King Institute of Preventive Medicine Bacteriolog. Section reports 1907-08
Year: 1907
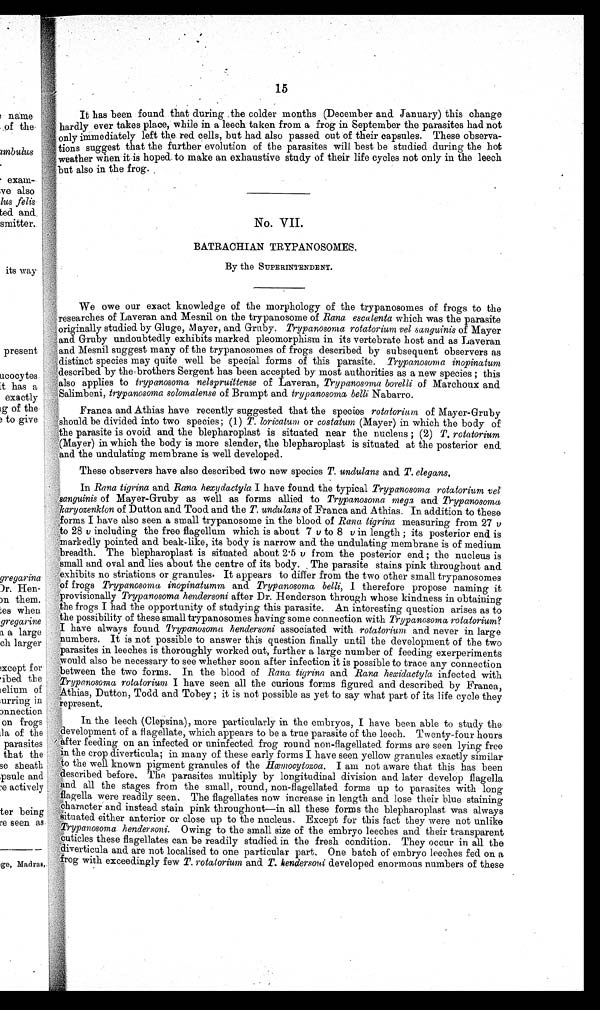
15
It has been found that during .the colder months (December and January) this change
hardly ever takes place, while in a leech taken from a frog in September the parasites had not
only immediately left the red cells, but had also passed out of their capsules. These observa-
tions suggest that the further evolution of the parasites will best be studied during the hot
weather when it is hoped to make an exhaustive study of their life cycles not only in the leech
but also in the frog.
No.
BATRACHIAN TRYPANOSOMES.
By the SUPERINTENDENT.
We owe our exact knowledge of the morphology of the trypanosomes of frogs to the
researches of Laveran and Mesnil on the trypanosome of Rana escalenta which was the parasite
originally studied by Gluge, Mayer, and Gruby. Trypanosoma rotatorium vel sanguinis of Mayer
and Gruby undoubtedly exhibits marked pleomorphism in its vertebrate host and as Laveran
and Mesnil suggest many of the trypanosomes of frogs described by subsequent observers as
distinct species may quite well be special forms of this parasite. Trypanosoma
inopinatum described by the brothers Sergent has been accepted by most authorities as a new species ; this
also applies to trypanosoma nelspruittense of Laveran, Trypanosoma borelli of Marchoux
and Salimbeni, trypanosoma solomalense of Brumpt and trypanosoma belli Nabarro.
Franca and Athias have recently suggested that the species rotatorium of Mayer-Gruby
should be divided into two species; (1) T. loricatum or costatum (Mayer) in which the body of
the parasite is ovoid and the blepharoplast is situated near the nucleus ; (2) T. rotatorium
(Mayer) in which the body is more slender, the blepharoplast is situated at the posterior end
and the undulating membrane is well developed.
These observers have also described two new species T. undulans and T. elegans.
In Rana tigrina and Rana hexy dactyla I have found the typical Trypanosoma rotatorium vel
sanguinis of Mayer-Gruby as well as forms allied to Trypanosoma mega and Trypanosoma
karyozenkton of Dutton and Tood and the T. undulans of Franca and Athias. In addition to these
forms I have also seen a small trypanosome in the blood of Rana tigrina measuring from 27
ν to 28 ν including the free flagellum which is about 7 v to 8 v in length ; its posterior end is
markedly pointed and beak-like, its body is narrow and the undulating membrane is of medium
breadth. The blepharoplast is situated about 2.5 v from the posterior end ; the nucleus is
small and oval and lies about the centre of its body. The parasite stains pink throughout and
exhibits no striations or granules. It appears to differ from the two other small trypanosomes
of frogs Trypanosoma inopinatumm and Trypanosoma belliI therefore propose naming it
provisionally Trypanosoma hendersoni after Dr. Henderson through whose kindness in obtaining
the frogs I had the opportunity of studying this parasite. An interesting question arises as to
the possibility of these small trypanosomes having some connection with Trypanosoma rotatorium?
I have always found Trypanosoma hendersoni associated with rotatorium and never in large
'numbers. It is not possible to answer this question finally until the development of the two
parasites in leeches is thoroughly worked out, further a large number of feeding exerperiments
would also be necessary to see whether soon after infection it is possible to trace any connection
between the two forms. In the blood of Rana tigrina and Rana hexidactyla infected with
Trypanosoma rotatorium I have seen all the curious forms figured and described by Franca,
Athias, Dutton, Todd and Tobey ; it is not possible as yet to say what part of its life cycle they
represent.
In the leech (Clepsina), more particularly in the embryos, I have been able to study the
development of a flagellate, which appears to be a true parasite of the leech. Twenty-four hours
after feeding on an infected or uninfected frog round non-flagellated forms are seen lying free
in the crop diverticula; in many of these early forms I have seen yellow granules exactly similar
to the well known pigment granules of the Hœmocytozoa. I am not aware that this has been
described before. The parasites multiply by longitudinal division and later develop flagella
and all the stages from the small, round, non-flagellated forms up to parasites with long
flagella were readily seen. The flagellates now increase in length and lose their blue staining
character and instead stain pink throughout—in all these forms the blepharoplast was always
situated either anterior or close up to the nucleus Except for this fact they were not unlike
Trypanosoma hendersoni. Owing to the small size of the embryo leeches and their transparent
cuticles these flagellates can be readily studied in the fresh condition. They occur in all the
diverticula and are not localised to one particular part, One batch of embryo leeches fed on a
frog with exceedingly few T. rotatorium and T. hendersoni developed enormous numbers of these